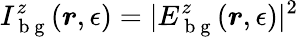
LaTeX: I_{\mathrm{~b~g~}}^{z}(\boldsymbol{r},\epsilon)=|E_{\mathrm{~b~g~}}^{z}(\boldsymbol{r},\epsilon)|^{2}